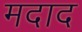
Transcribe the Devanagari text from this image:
मदाद